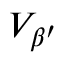
V _ { \beta ^ { \prime } }